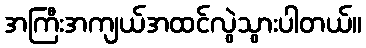
အကြီးအကျယ်အထင်လွဲသွားပါတယ်။